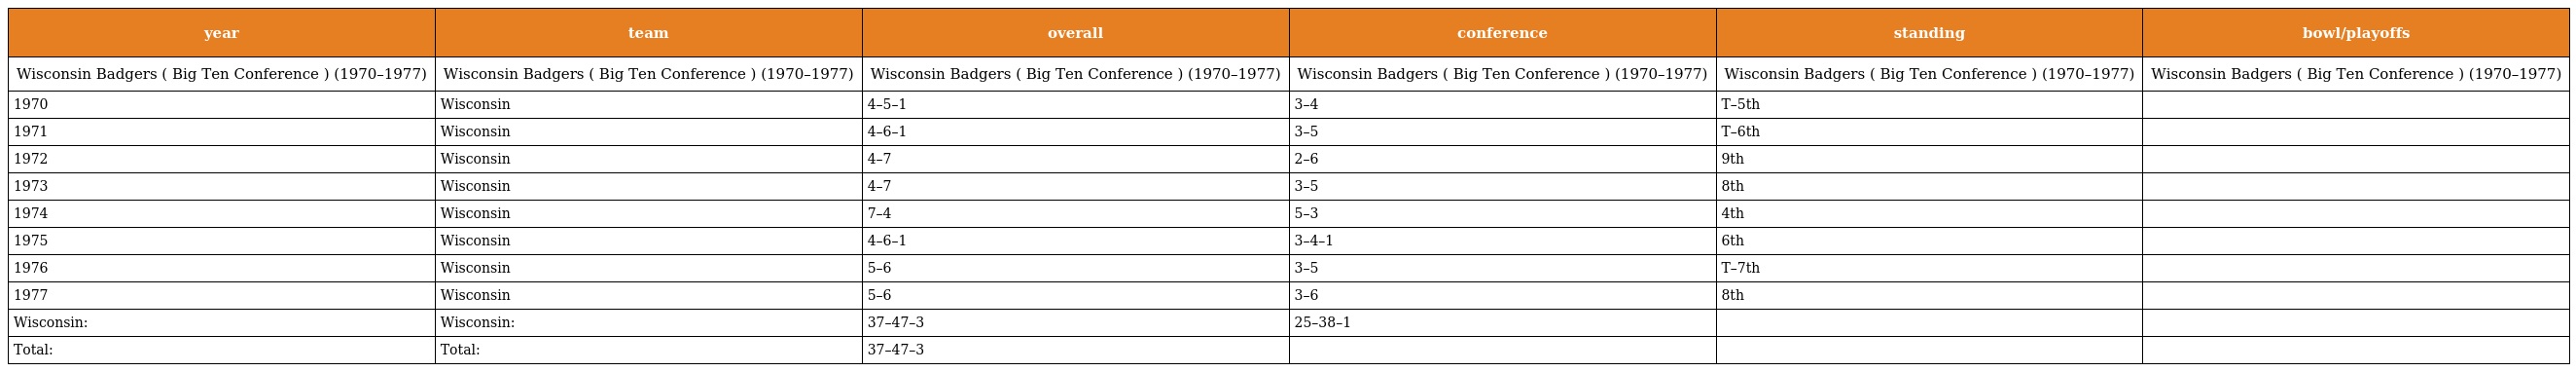
| year | team | overall | conference | standing | bowl/playoffs |
 | --- | --- | --- | --- | --- | --- |
 | Wisconsin Badgers ( Big Ten Conference ) (1970–1977) | Wisconsin Badgers ( Big Ten Conference ) (1970–1977) | Wisconsin Badgers ( Big Ten Conference ) (1970–1977) | Wisconsin Badgers ( Big Ten Conference ) (1970–1977) | Wisconsin Badgers ( Big Ten Conference ) (1970–1977) | Wisconsin Badgers ( Big Ten Conference ) (1970–1977) |
 | 1970 | Wisconsin | 4–5–1 | 3–4 | T–5th |  |
 | 1971 | Wisconsin | 4–6–1 | 3–5 | T–6th |  |
 | 1972 | Wisconsin | 4–7 | 2–6 | 9th |  |
 | 1973 | Wisconsin | 4–7 | 3–5 | 8th |  |
 | 1974 | Wisconsin | 7–4 | 5–3 | 4th |  |
 | 1975 | Wisconsin | 4–6–1 | 3–4–1 | 6th |  |
 | 1976 | Wisconsin | 5–6 | 3–5 | T–7th |  |
 | 1977 | Wisconsin | 5–6 | 3–6 | 8th |  |
 | Wisconsin: | Wisconsin: | 37–47–3 | 25–38–1 |  |  |
 | Total: | Total: | 37–47–3 |  |  |  |